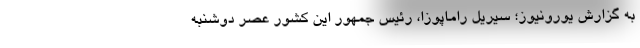
به گزارش یورونیوز؛ سیریل راماپوزا، رئیس جمهور این کشور عصر دوشنبه